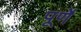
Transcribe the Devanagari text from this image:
पूर्णे